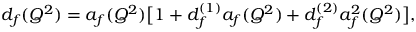
d _ { f } ( Q ^ { 2 } ) = a _ { f } ( Q ^ { 2 } ) \bigl [ 1 + d _ { f } ^ { ( 1 ) } a _ { f } ( Q ^ { 2 } ) + d _ { f } ^ { ( 2 ) } a _ { f } ^ { 2 } ( Q ^ { 2 } ) \bigr ] ,